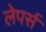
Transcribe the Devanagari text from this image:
लेपर्स